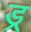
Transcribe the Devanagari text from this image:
ड्र